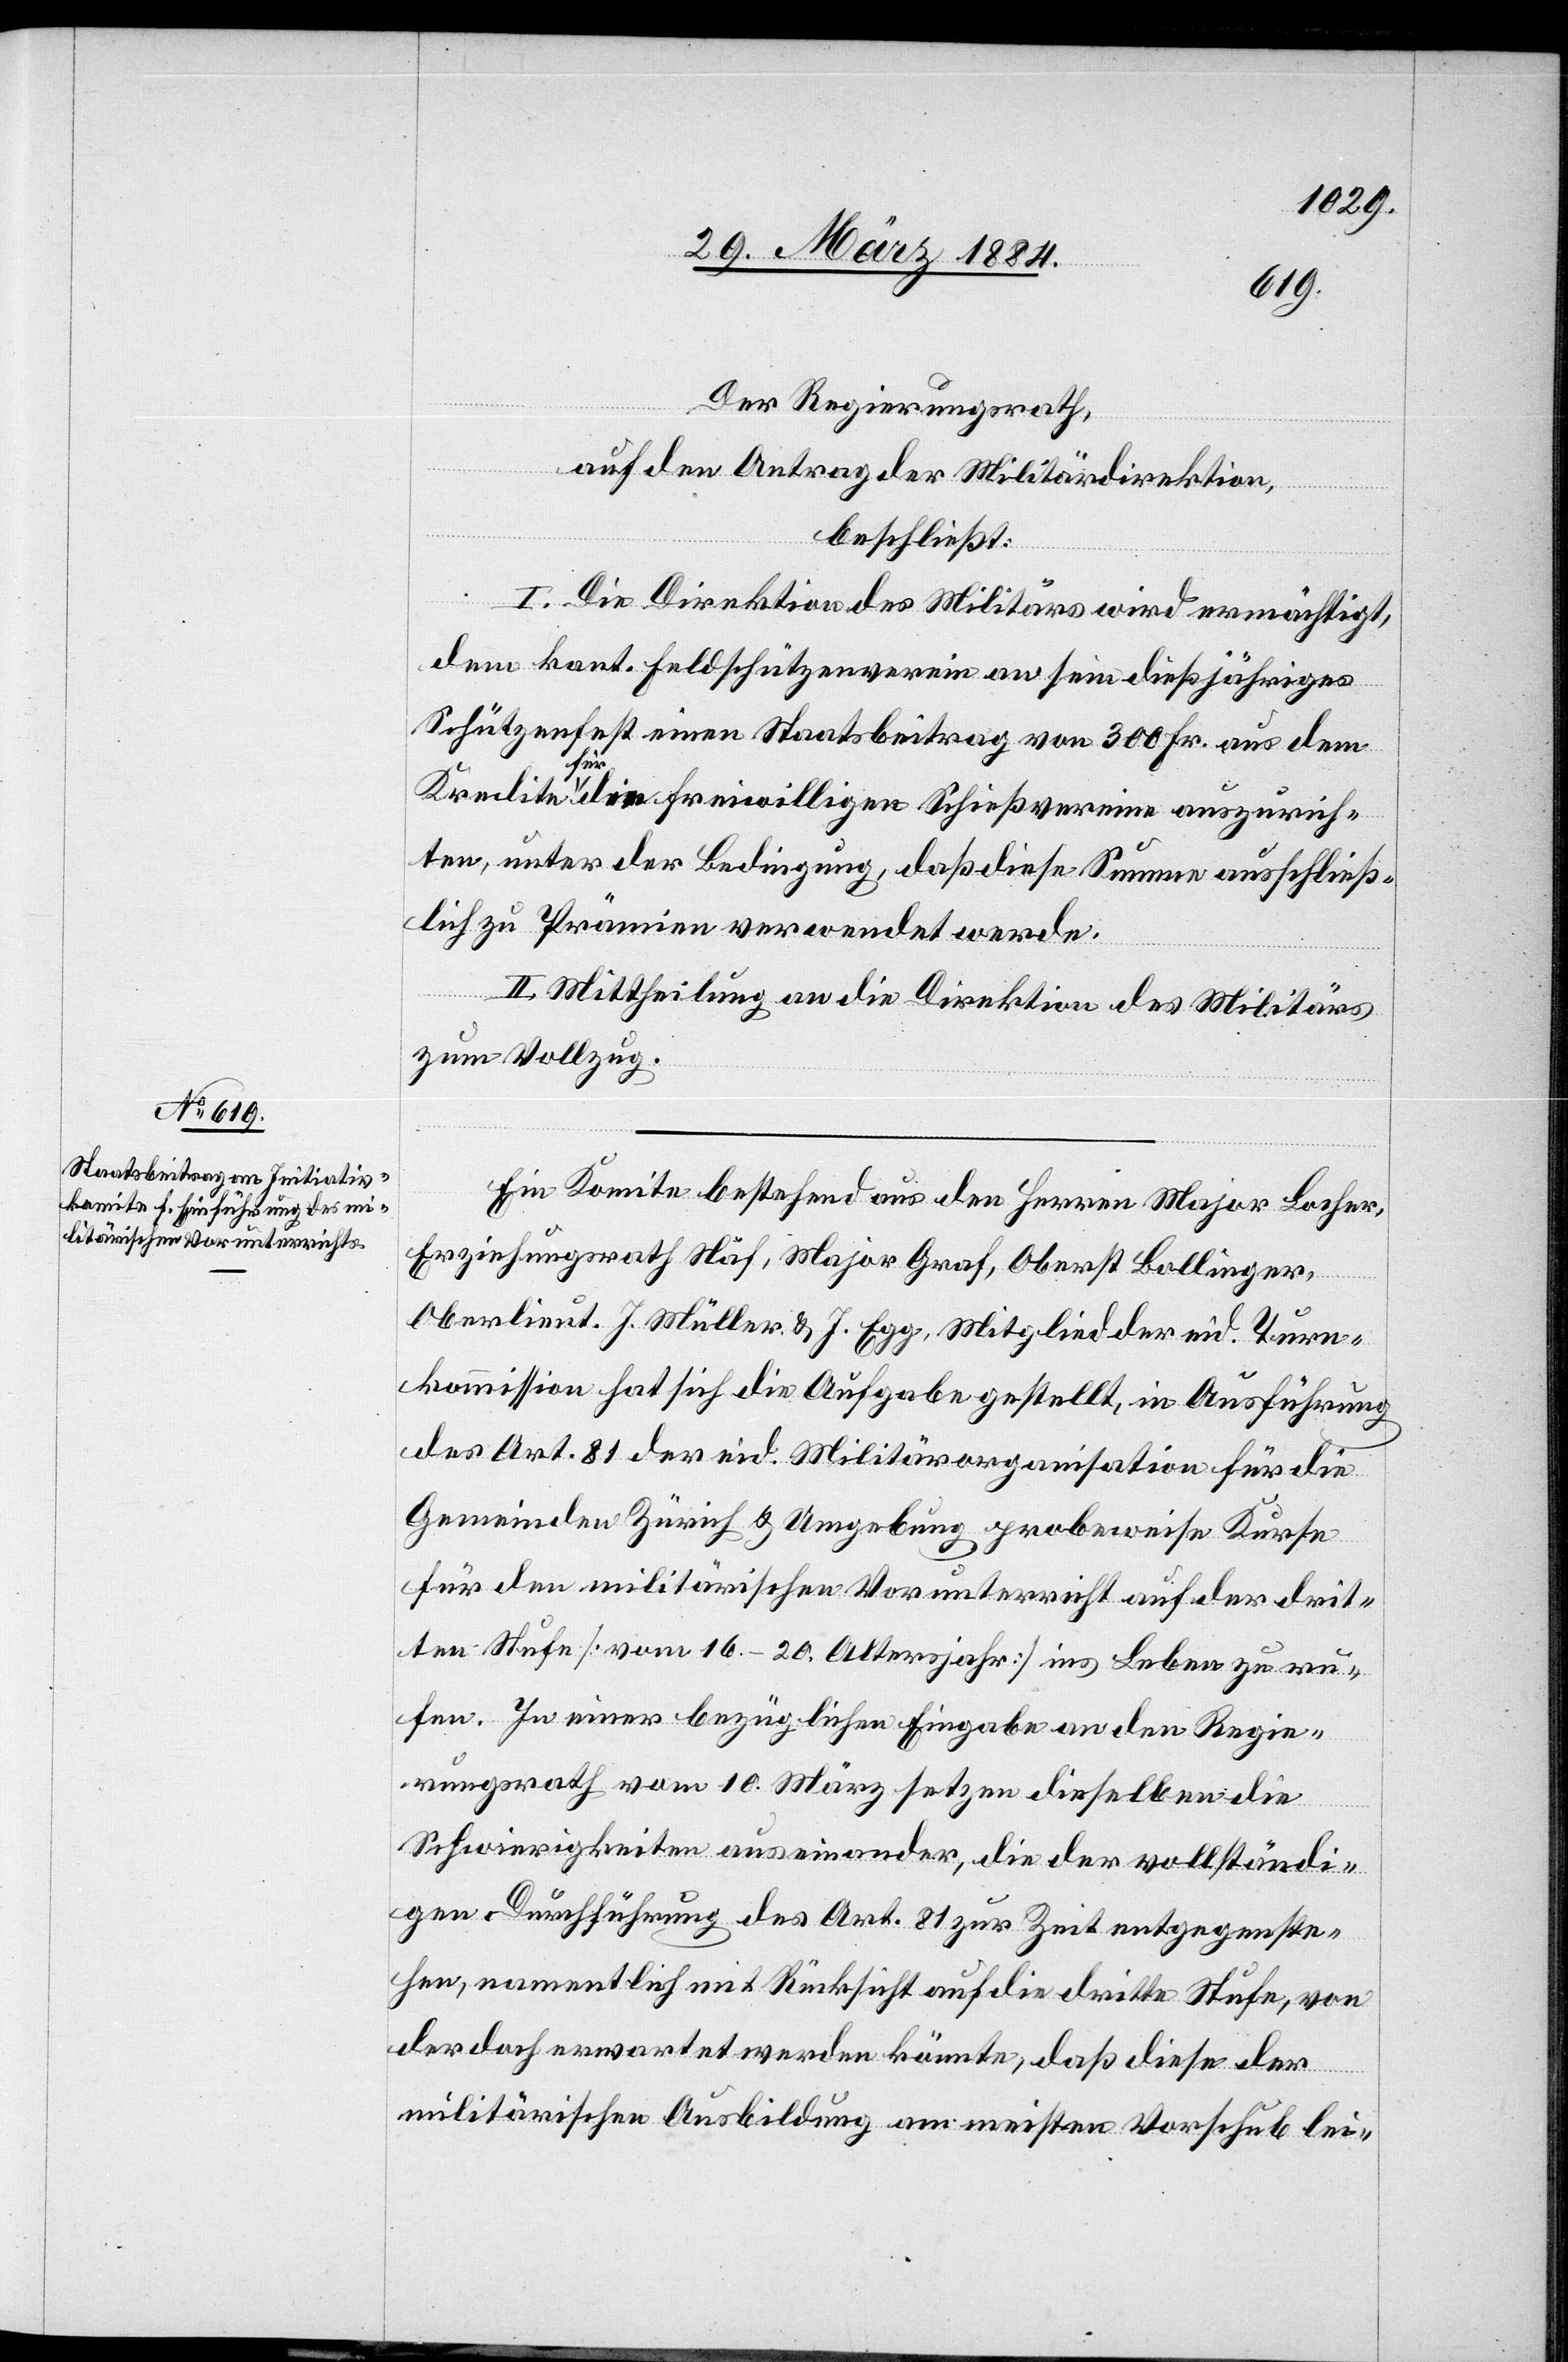
Der Regierungsrath,
auf den Antrag der Militärdirektion,
beschließt:
I. Die Direktion des Militärs wird ermächtigt,
dem kant. Feldschützenverein an sein dießjähriges
Schützenfest einen Staatsbeitrag von 300 Fr. aus dem
Kredite für die freiwilligen Schießvereine auszurich¬
ten, unter der Bedingung, daß diese Summe ausschließ¬
lich zu Prämien verwendet werde.
II. Mittheilung an die Direktion des Militärs
zum Vollzug.
Ein Komite bestehend aus den Herren Major Locher,
Erziehungsrath Näf, Major Graf, Oberst Bollinger,
Oberlieut. J. Müller & J. Egg, Mitglied der eid. Turn¬
kommission, hat sich die Aufgabe gestellt, in Ausführung
des Art. 81 der eid. Militärorganisation für die
Gemeinde Zürich & Umgebung probeweise Kurse
für den militärischen Vorunterricht auf der drit¬
ten Stufe [vom 16.–20. Altersjahr] ins Leben zu ru¬
fen. In einer bezüglichen Eingabe an den Regie¬
rungsrath vom 10. März setzen dieselben die
Schwierigkeiten auseinander die der vollständi¬
gen Durchführung des Art. 81 zur Zeit entgegenste¬
hen, namentlich mit Rücksicht auf die dritte Stufe, von
der doch erwartet werden könnte, daß diese der
militärischen Ausbildung am meisten Vorschub lei-